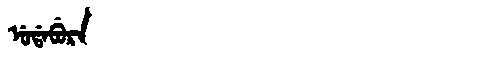
Manchu: ᡠᡩᠠᠪᡠᡵᠠ
Romanization: UDABURA